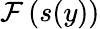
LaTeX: \mathcal{F}\left(s(y)\right)